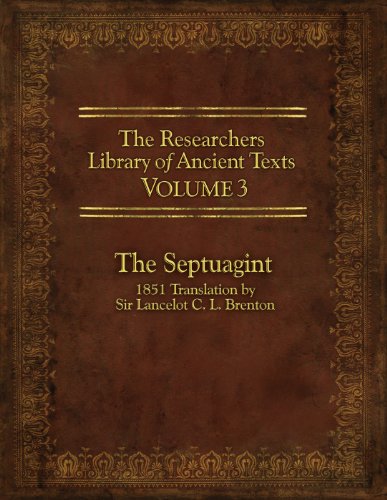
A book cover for The Researcher's Library of Ancient Texts - Volume III: The Septuagint: Translation by Sir Lancelot C. L. Brenton 1851; Christian Books & Bibles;